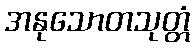
အနုသောတသုတ္တံ